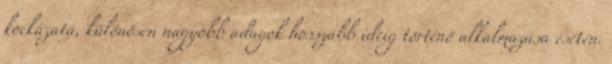
kockázata, különösen nagyobb adagok hosszabb ideig történő alkalmazása esetén.